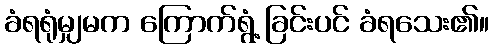
ခံရရုံမျှမက ကြောက်ရွံ့ ခြင်းပင် ခံရသေး၏။